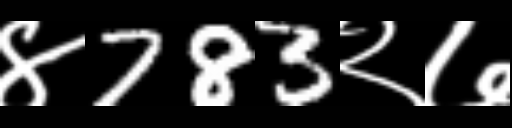
Text: ४783२७